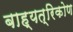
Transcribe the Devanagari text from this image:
बाह्यत्रिकोण